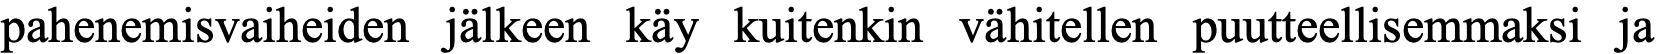
pahenemisvaiheiden jälkeen käy kuitenkin vähitellen puutteellisemmaksi ja